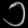
Digit: ၁